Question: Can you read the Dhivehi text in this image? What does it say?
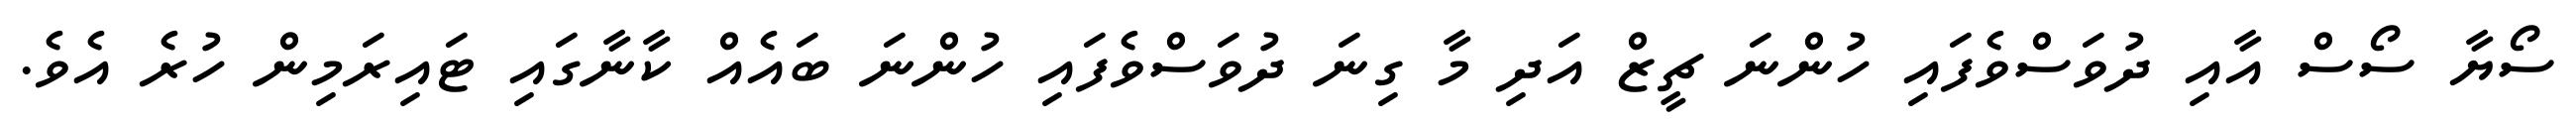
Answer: ސޯޔާ ސޯސް އާއި ދުވަސްވެފައި ހުންނަ ޗީޒް އަދި މާ ގިނަ ދުވަސްވެފައި ހުންނަ ބައެއް ކާނާގައި ޓައިރަމިން ހުރެ އެވެ.